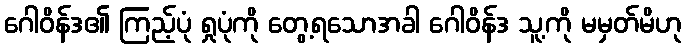
ဂေါဝိန်ဒ၏ ကြည့်ပုံ ရှုပုံကို တွေ့ရသောအခါ ဂေါဝိန်ဒ သူ့ကို မမှတ်မိဟု